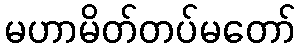
မဟာမိတ်တပ်မတော်